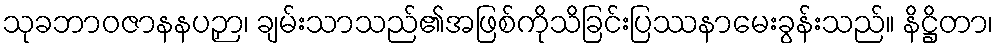
သုခဘာဝဇာနနပဉှာ၊ ချမ်းသာသည်၏အဖြစ်ကိုသိခြင်းပြဿနာမေးခွန်းသည်။ နိဋ္ဌိတာ၊